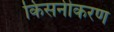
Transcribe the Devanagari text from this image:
किसनीकरण